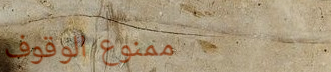
ممنوع الوقوف